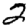
Digit: 2